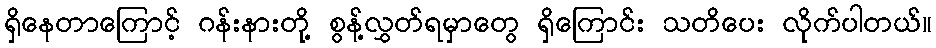
ရှိနေတာကြောင့် ဂန်းနားတို့ စွန့်လွှတ်ရမှာတွေ ရှိကြောင်း သတိပေး လိုက်ပါတယ်။